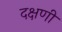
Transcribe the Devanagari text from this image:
दक्षणी